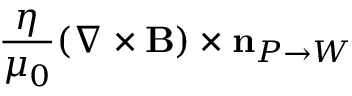
\frac { \eta } { \mu _ { 0 } } ( \nabla \times { \mathbf B } ) \times \mathbf { n } _ { P \rightarrow W }